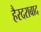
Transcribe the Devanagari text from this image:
हैरदराबाद